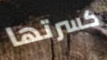
كسرتها